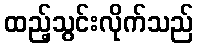
ထည့်သွင်းလိုက်သည်